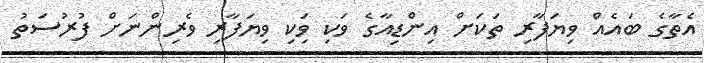
އެތާގެ ބައެއް ވިޔަފާރި ތަކަށް އިންޑިއާގެ ވަކި ވަިކި ވިޔަފާރި ވެރިންނަށް ފުރުސަތު